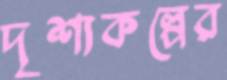
দৃশ্যকল্পের